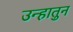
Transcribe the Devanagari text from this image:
उन्हातुन